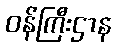
ဝန်ကြီးဌာန